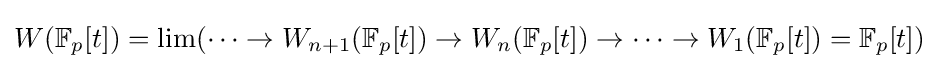
W(\mathbb {F} _{p}[t])=\lim(\dots \to W_{n+1}(\mathbb {F} _{p}[t])\to W_{n}(\mathbb {F} _{p}[t])\to \dots \to W_{1}(\mathbb {F} _{p}[t])=\mathbb {F} _{p}[t])